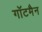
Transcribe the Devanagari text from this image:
गॉटमैन